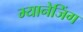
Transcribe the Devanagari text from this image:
म्यानेजिंग